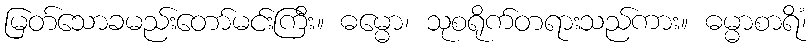
မြတ်သောခမည်းတော်မင်းကြီး။ ဓမ္မော၊ သုစရိုက်တရားသည်ကား။ ဓမ္မာစာရိံ၊